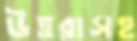
উত্তরাসহ